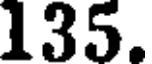
135.